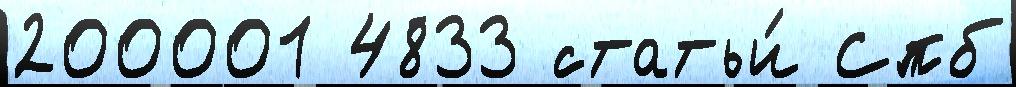
200001 4833 статьи́ Спб